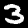
Label: 3